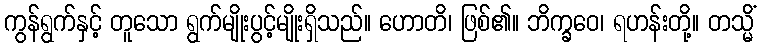
ကွန်ရွက်နှင့် တူသော ရွက်မျိုးပွင့်မျိုးရှိသည်။ ဟောတိ၊ ဖြစ်၏။ ဘိက္ခဝေ၊ ရဟန်းတို့။ တသ္မိံ